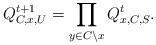
LaTeX: \begin{align*} Q_{C,x,U}^{t+1}=\prod_{y\in C\setminus x}Q_{x,C,S}^t.\end{align*}